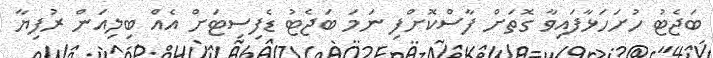
ބަޖެޓު ހުށަހަޅާފައިވާ ގޮތަށް ފާސްކޮށްފި ނަމަ ބަޖެޓު ޑެފިސިޓަށް އެއް ބިލިއަން ރުފިޔާ